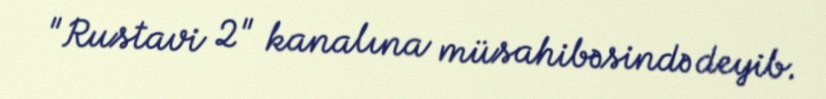
"Rustavi 2" kanalına müsahibəsində deyib.